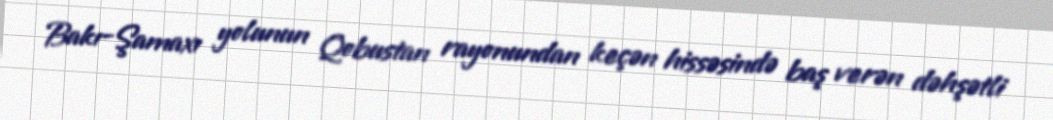
Bakı-Şamaxı yolunun Qobustan rayonundan keçən hissəsində baş verən dəhşətli